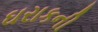
ઘરાકની